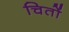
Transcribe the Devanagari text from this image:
चितों